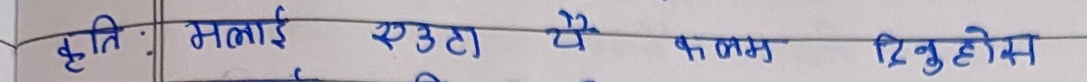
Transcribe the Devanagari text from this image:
कृति : मलाई एउटा यै कलम दिनुहोस्